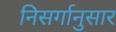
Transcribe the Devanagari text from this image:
निसर्गानुसार